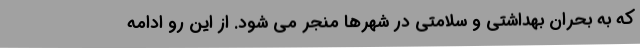
که به بحران بهداشتی و سلامتی در شهرها منجر می شود. از این رو ادامه